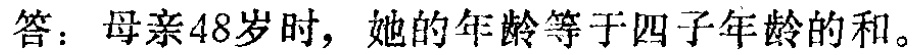
答：母亲48岁时，她的年龄等于四子年龄的和。